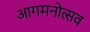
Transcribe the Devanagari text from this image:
आगमनोत्सव